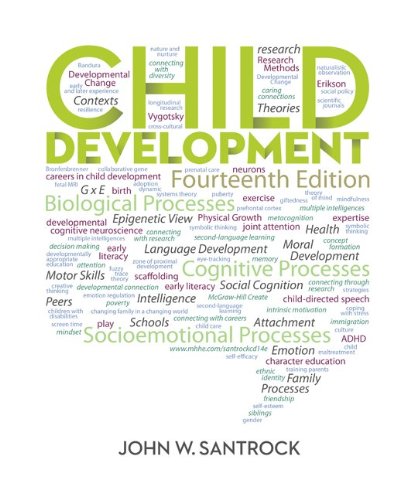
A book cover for Child Development; John Santrock; Medical Books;